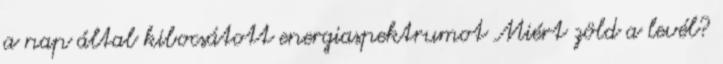
a nap által kibocsátott energiaspektrumot Miért zöld a levél?